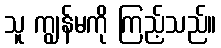
သူ ကျွန်မကို ကြည့်သည်။